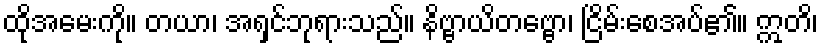
ထိုအမေးကို။ တယာ၊ အရှင်ဘုရားသည်။ နိဗ္ဗာယိတဗ္ဗော၊ ငြိမ်းစေအပ်၏။ ဣတိ၊